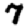
Digit: 7